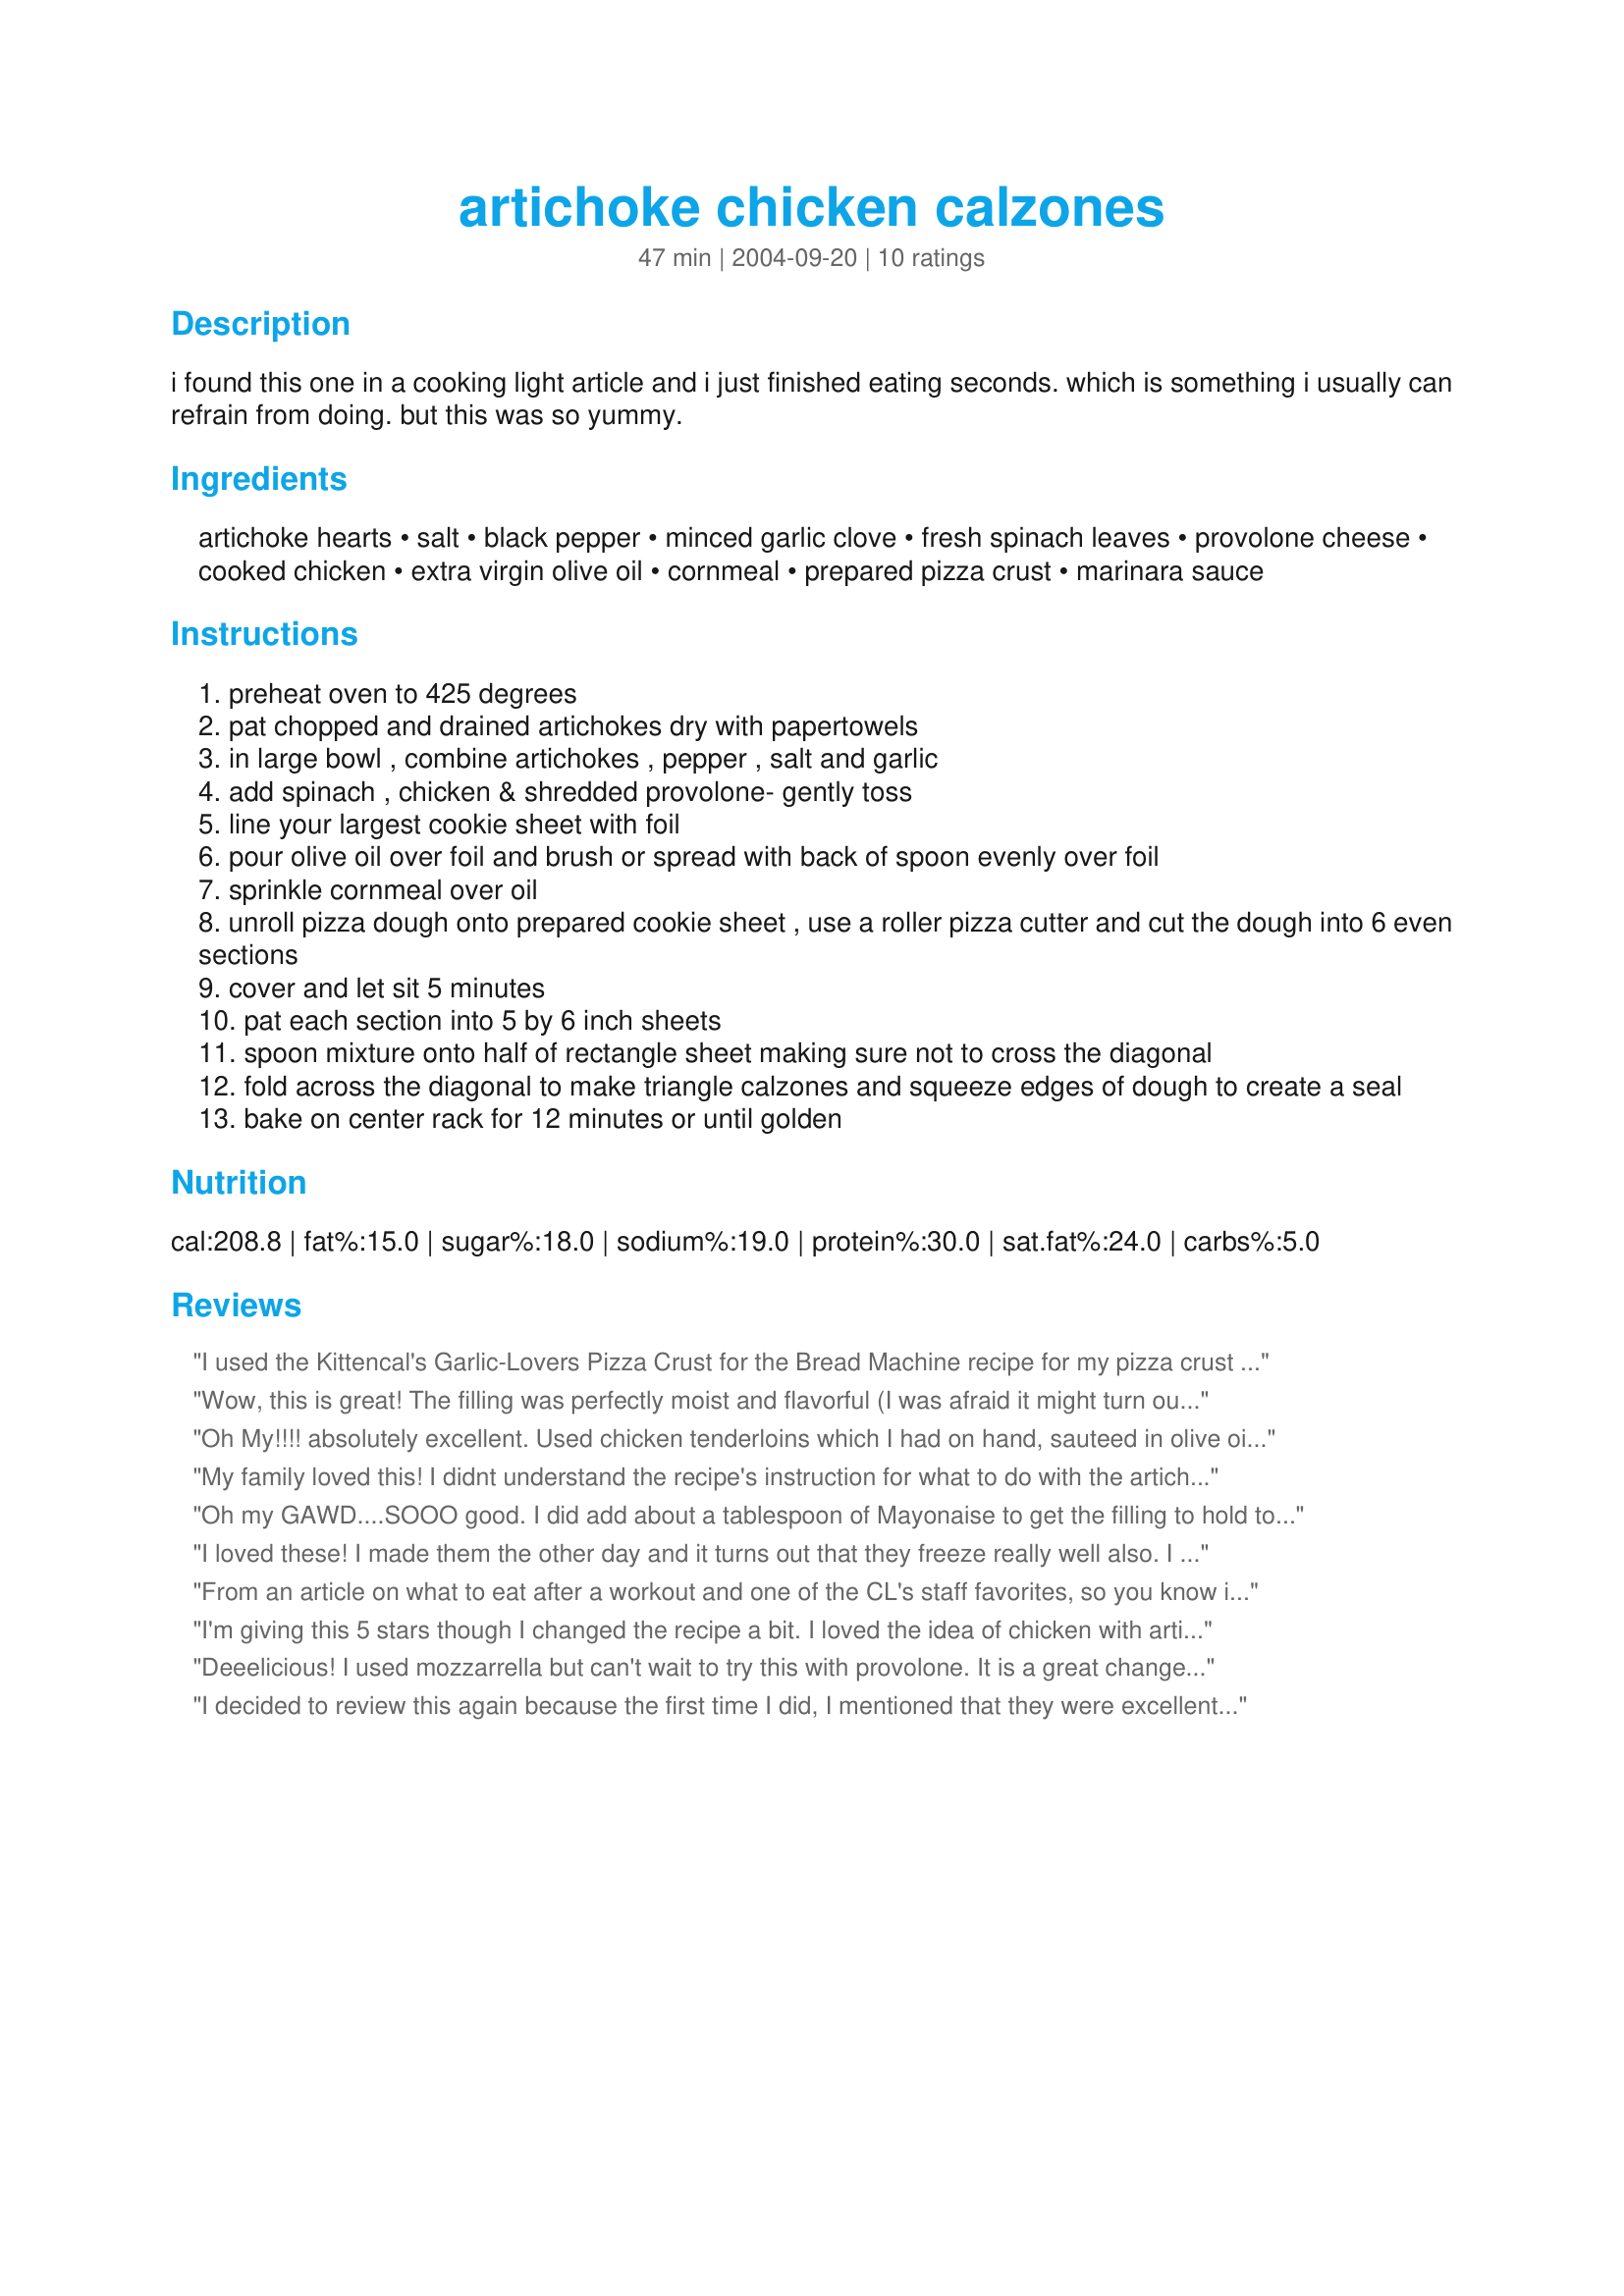
artichoke chicken calzones
Preparation time: 47 minutes

i found this one in a cooking light article and i just finished eating seconds. which is something i usually can refrain from doing. but this was so yummy.

Ingredients:
artichoke hearts, salt, black pepper, minced garlic clove, fresh spinach leaves, provolone cheese, cooked chicken, extra virgin olive oil, cornmeal, prepared pizza crust, marinara sauce

Steps:
preheat oven to 425 degrees
pat chopped and drained artichokes dry with papertowels
in large bowl , combine artichokes , pepper , salt and garlic
add spinach , chicken & shredded provolone- gently toss
line your largest cookie sheet with foil
pour olive oil over foil and brush or spread with back of spoon evenly over foil
sprinkle cornmeal over oil
unroll pizza dough onto prepared cookie sheet , use a roller pizza cutter and cut the dough into 6 even sections
cover and let sit 5 minutes
pat each section into 5 by 6 inch sheets
spoon mixture onto half of rectangle sheet making sure not to cross the diagonal
fold across the diagonal to make triangle calzones and squeeze edges of dough to create a seal
bake on center rack for 12 minutes or until golden

Reviews:
I used the Kittencal's Garlic-Lovers Pizza Crust for the Bread Machine recipe for my pizza crust and used a little less garlic because I wasn't sure if the garlic would be overpowering...it wasn't! I made too much filling though, so I'll probably use the rest up with a commercial pizza crust. But I really love these calzones. They are very nutritious and you could probably make them without the meat and use asparagus or some other vegetable as a filler. This is a nice change from the traditional pizza filling. I also added some extra garlic, basil and onion powder (as suggested by another reviewer) and it seemed to be a good blend.
Wow, this is great! The filling was perfectly moist and flavorful (I was afraid it might turn out dry and bland), and it was very filling with the healthy ingredients. We dip it in marinara, and last time we subbed fresh chopped basil for the spinach with marvelous results. This is our go-to recipe for leftover chicken and a eal we always look forward to - thanks!
Oh My!!!! absolutely excellent. Used chicken tenderloins which I had on hand, sauteed in olive oil, garlic powder and pepper. My prepared dough came from Trader Joes. For my cheese I used an already shredded Italian blend cheese. I have left over filling that I froze and will be adding to an omelette this weekend> Thanks for an excellent post. 
Edit to post, I brought the leftover calzone to work and everyone asked where I got it.I split a bunch up to taste and everyone loved it. Guess what I will be doing next buffet??!!
My family loved this! I didnt understand the recipe's instruction for what to do with the artichoke hearts and how to cook the chicken. So I diced up the chicken and cooked it in a pan with a liitle olive oil, a clove of freshly crushed garlic and salt and pepper. I then added that to the bowl of spinach and I chopped the artichokes into smaller pieces so that they would all blend together. Instead of Provolone I used mozzarella and Feta. And for my dairy allergic son I threw in a dollop of Tofutti's dairy free cream cheese. The pizza crust I use came from my Grocery store's bakery (Publix). They cooked up fast and perfect!
Oh my GAWD....SOOO good. I did add about a tablespoon of Mayonaise to get the filling to hold together a bit and used a 6 cheese italian mix. They re-heat well at 50% power for about 3 minutes so the crust doesn't get rubbery. Delicious...will make these at least once a month.
I loved these! I made them the other day and it turns out that they freeze really well also. I know that I will be making these often because they are great to take to work for lunch. Thanks!
From an article on what to eat after a workout and one of the CL's staff favorites, so you know it's good. Makes a good packed lunch, just reheat in a microwave or toaster oven. Directions also say to allow to come to room temperature before wrapping to keep it from getting soggy. I've made this several times and we've really enjoyed it, very easy too. Great for a quick dinner and a nice change from a sandwich in a packed lunch. Thanks, Tiffany, for posting!
I'm giving this 5 stars though I changed the recipe a bit. I loved the idea of chicken with artichokes in a calzone. I made my own dough that had some nice italian-style spices, which kicked up the chicken (we felt). I left out the spinach leaves but added a bit of basil pesto, not much, just enough to make up for the greens. We did use marinara for dunking, a must for this recipe. I will be doing this one again. Thanks for posting!
Deeelicious! I used mozzarrella but can't wait to try this with provolone. It is a great change from typical pizza ingredients and I will definitely be making this again! Thanks for sharing!
I decided to review this again because the first time I did, I mentioned that they were excellent in combination with the marinara sauce, but alone, the calzones didn't have enough seasoning for me. The second time I made them, to suit my demanding taste buds, I added fresh basil, more garlic, and some onion powder and they were just perfect! This is such an incredible recipe that you can adjust over and over again to create different tastes. And like Longhorn Mama suggested, I waited a while before wrapping the leftovers and they were nice and crispy still the next day. This is an easy, healthy, and delicious recipe that everyone should try! Thanks!
